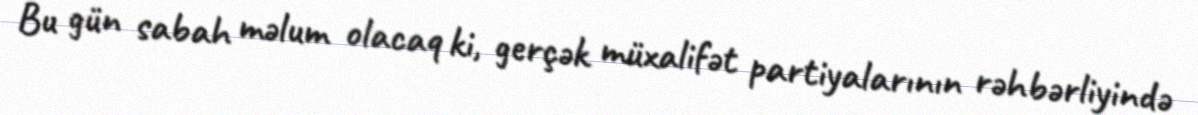
Bu gün sabah məlum olacaq ki, gerçək müxalifət partiyalarının rəhbərliyində